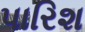
પારિશ